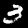
Label: 3